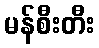
မန်စီးတီး